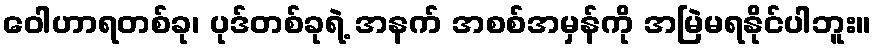
ဝေါဟာရတစ်ခု၊ ပုဒ်တစ်ခုရဲ့ အနက် အစစ်အမှန်ကို အမြဲမရနိုင်ပါဘူး။